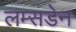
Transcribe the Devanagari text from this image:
लम्सडेन